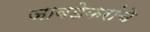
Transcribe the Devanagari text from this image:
जावडेकरांचे